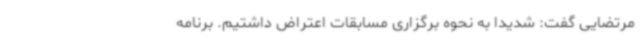
مرتضایی گفت: شدیدا به نحوه برگزاری مسابقات اعتراض داشتیم. برنامه